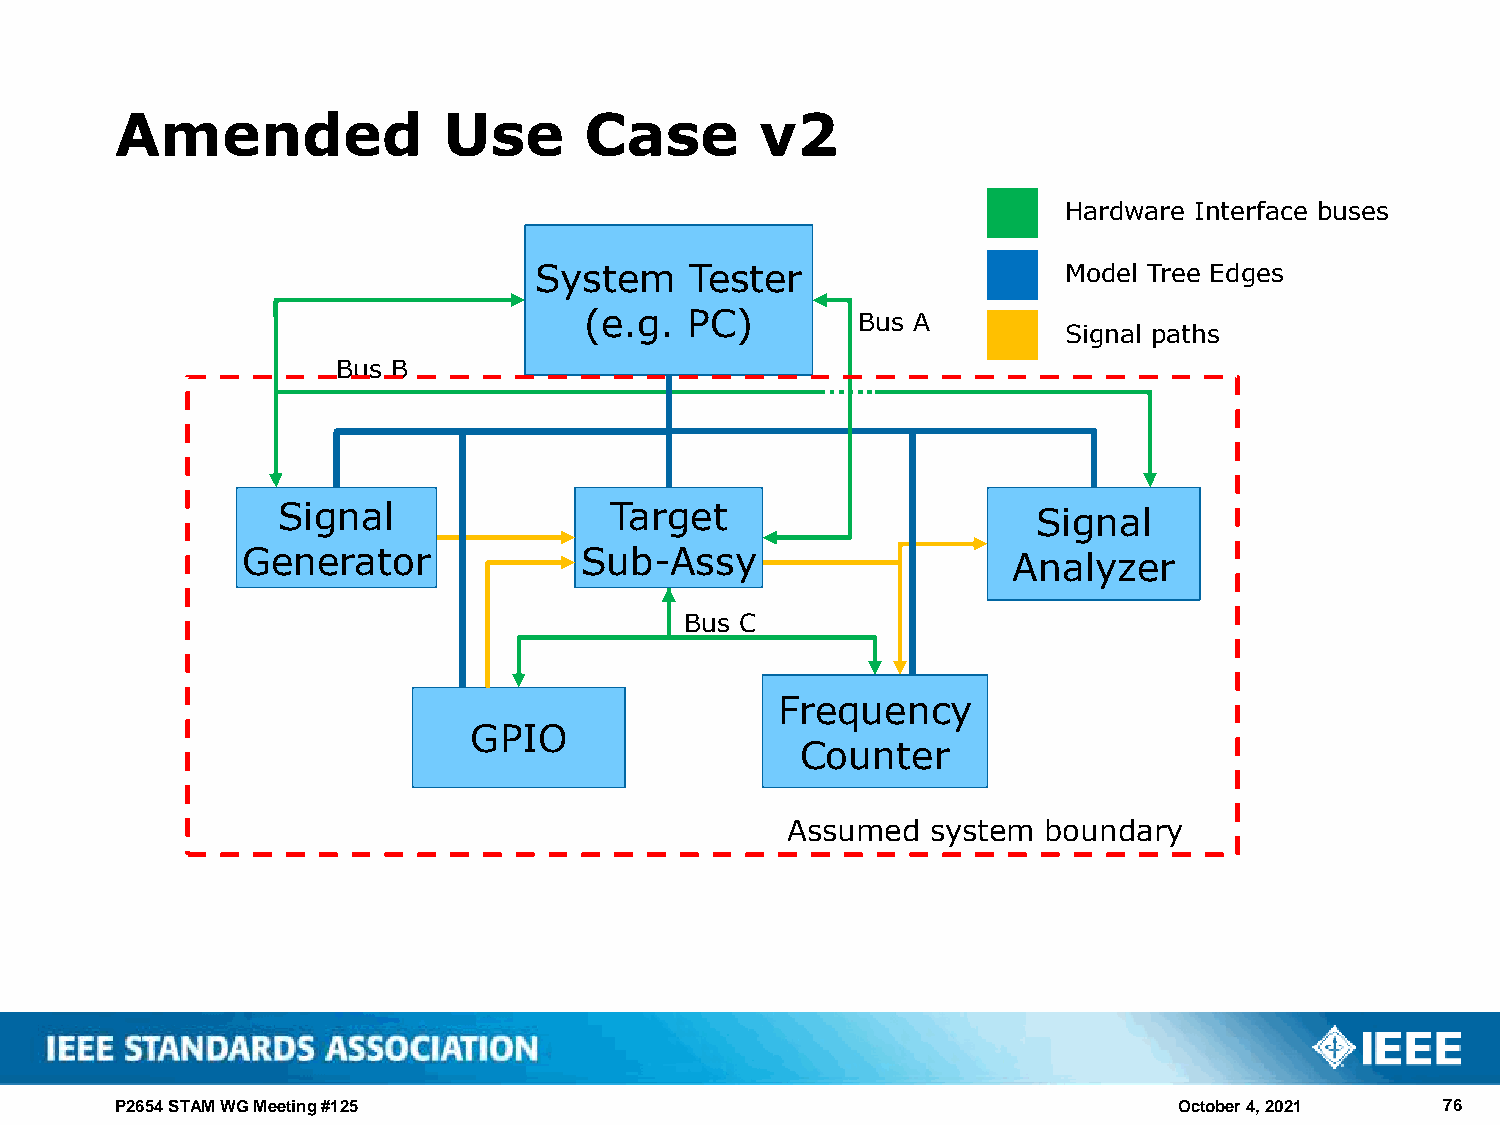
Amended              Use       Case       v2
 Hardware Interface buses
 System     Tester                   Model Tree Edges
 (e.g.  PC)        Bus A
 Signal paths
 Bus B
 Signal                Target                       Signal
 Generator             Sub-Assy                     Analyzer
 Bus C
 Frequency
 GPIO
 Counter
 Assumed   system boundary
 P2654 STAM WG Meeting #125                                            October 4, 2021   76